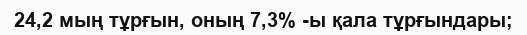
24,2 мың тұрғын, оның 7,3% -ы қала тұрғындары;